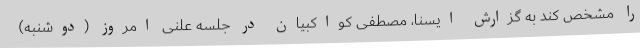
را مشخص کند به گزارش ایسنا، مصطفی کواکبیان در جلسه علنی امروز (دوشنبه)